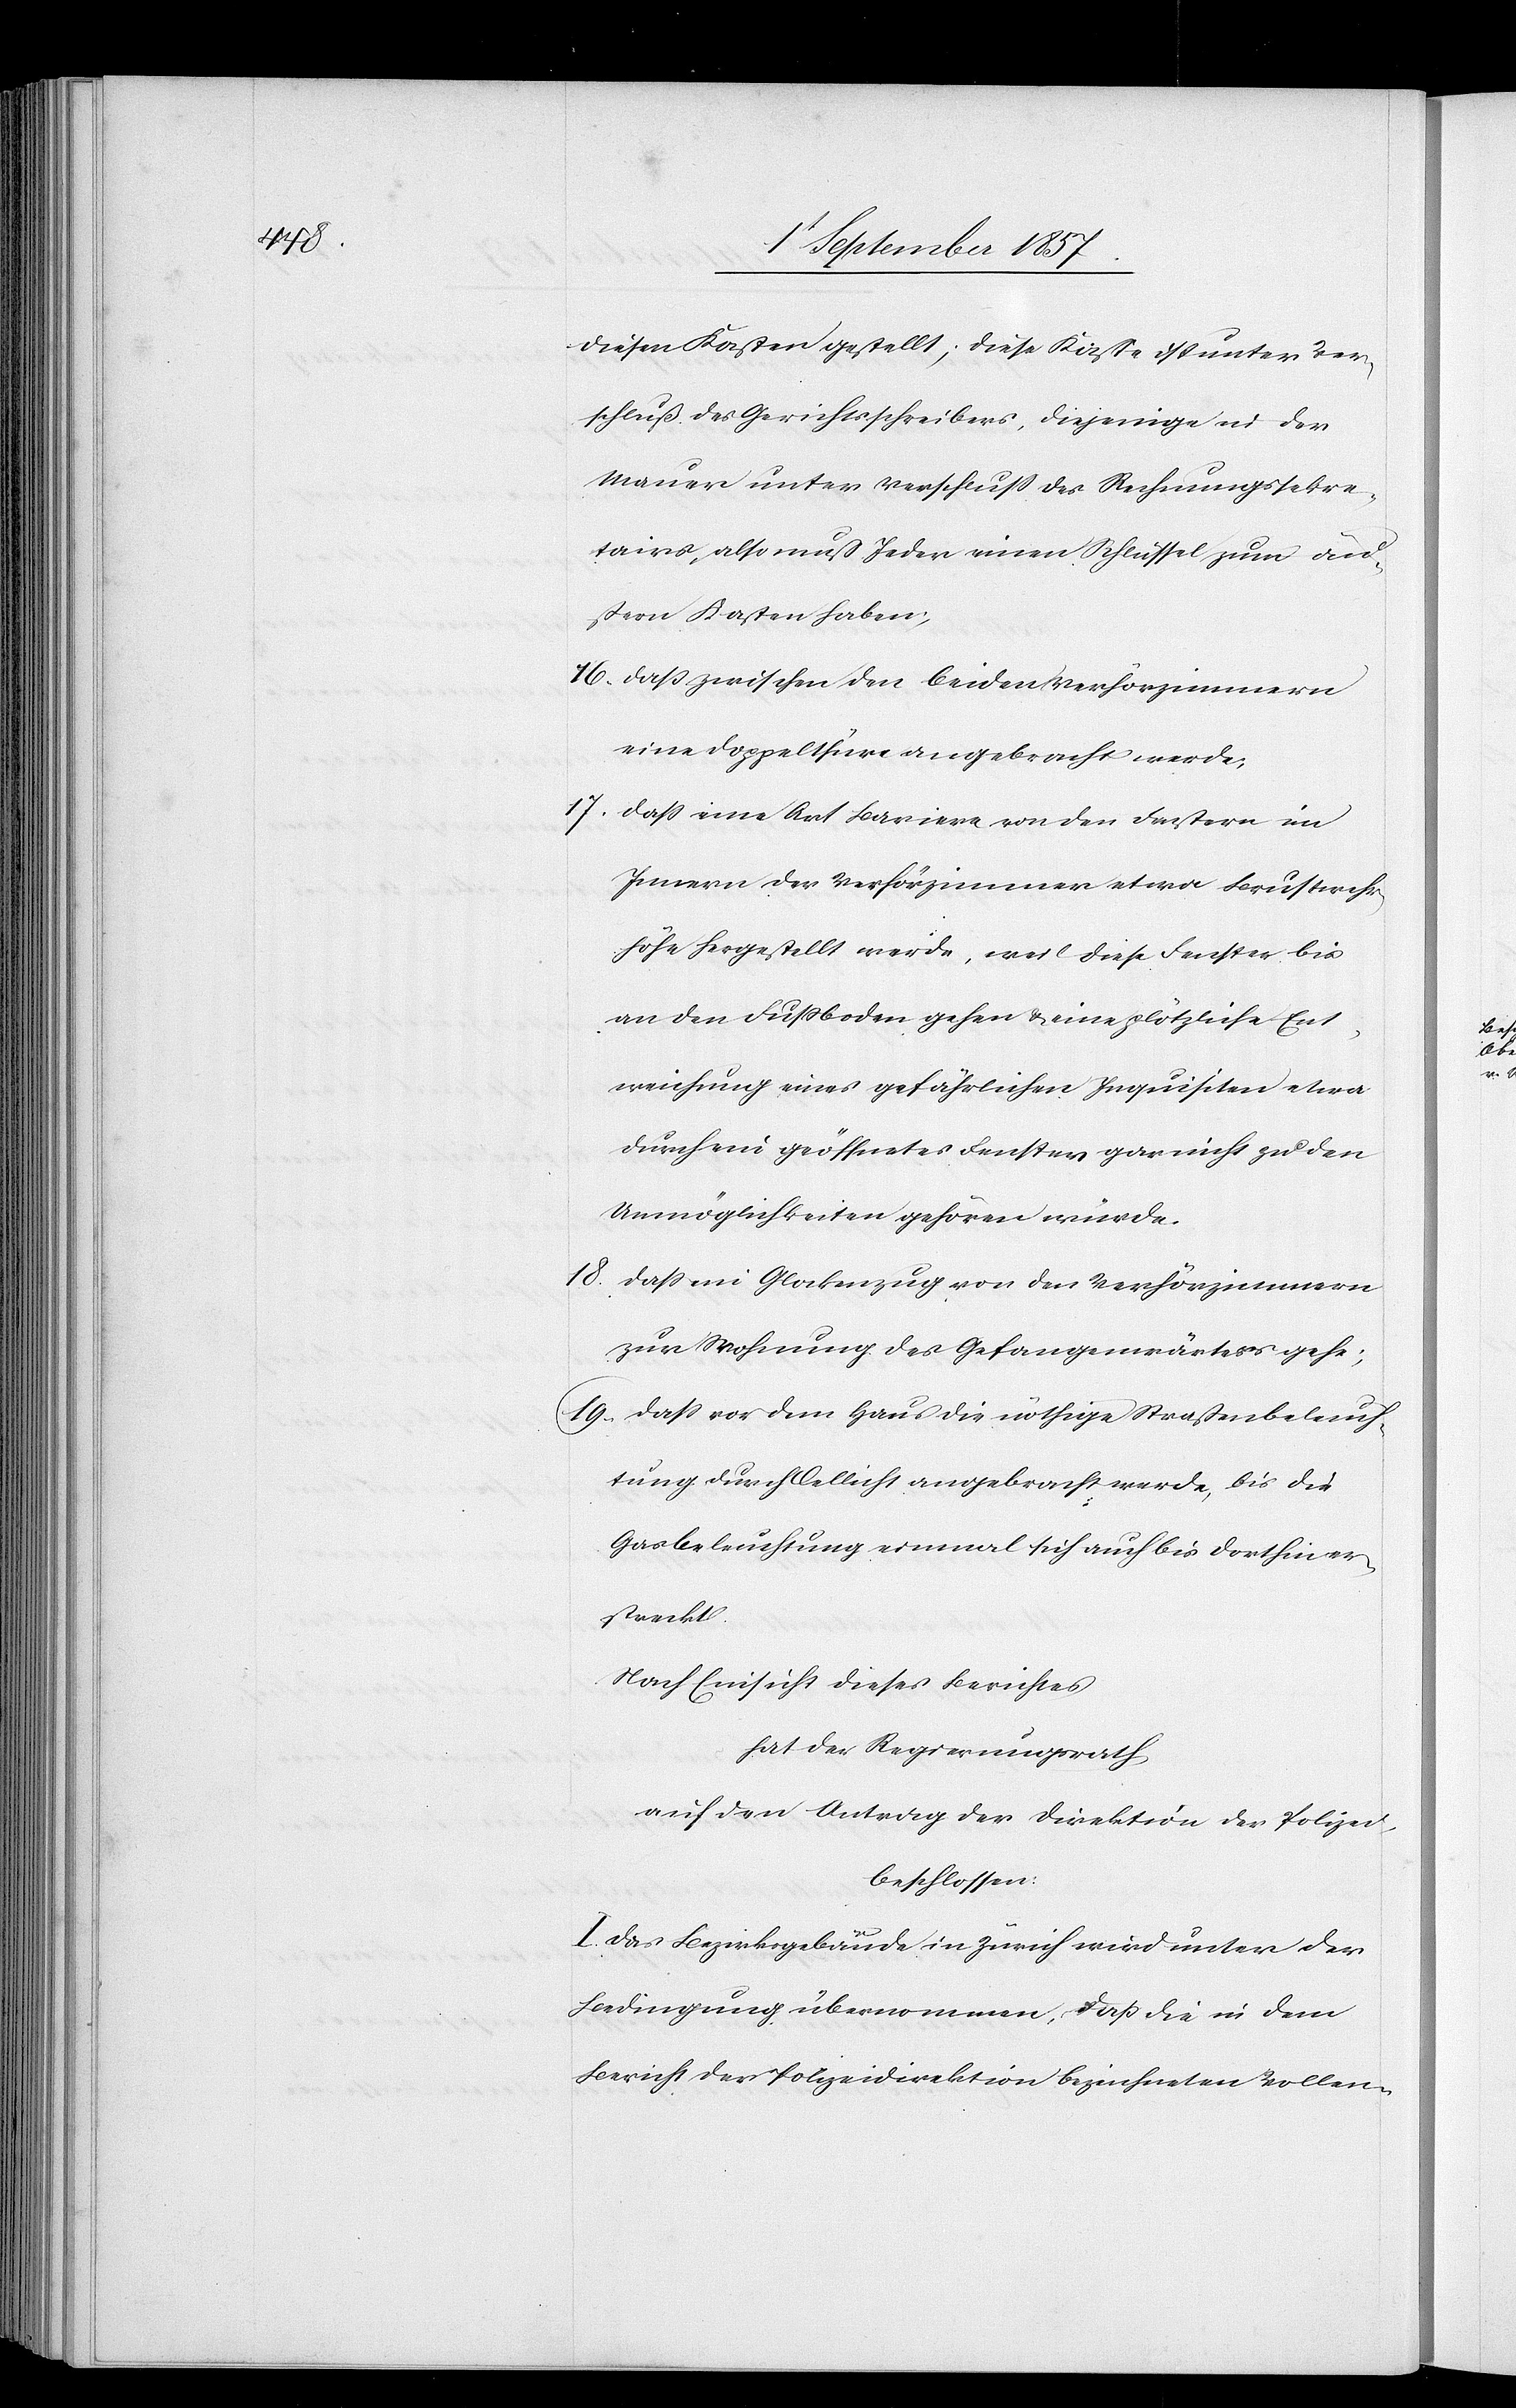
diesen Kasten gestellt; diese Kaste ist unter Ver¬
schluß des Gerichtsschreibers, diejenige in der
Mauer unter Verschluß des Rechnungssekre¬
tairs, also muß Jeder einen Schlüssel zum äu¬
ßern Kasten haben.
16) daß zwischen den beiden Verhörzimmern
eine Doppelthüre angebracht werde;
17) daß eine Art Barriere von den Fenstern im
Innern der Verhörzimmer [auf] etwa Brustwehr¬
höhe hergestellt werde, weil diese Fenster bis
an den Fußboden gehen & eine plötzliche Ent¬
weichung einer gefährlichen Inquisition etwa
durch ein geöffnetes Fenster gar nicht zu den
Unmöglichkeiten gehören würde.
18) daß im Glockenzug von den Verhörzimmern
zur Wohnung des Gefangenenwärters gehe;
19) daß vor dem Haus die nöthige Straßenbeleuch¬
tung durch Oellicht angebracht werde, bis die
Gasbeleuchtung einmal sich auch bis dorthin er¬
streckt.
Nach Einsicht dieses Berichtes
Hat der Regierungsrath,
auf den Antrag der Direktion der Polizei,
beschlossen:
I. Das Bezirksgebäude in Zürich wird unter der
Bedingung übernommen, daß die in dem
Bericht der Polizeidirektion bezeichneten Vollen-